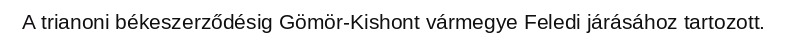
A trianoni békeszerződésig Gömör-Kishont vármegye Feledi járásához tartozott.